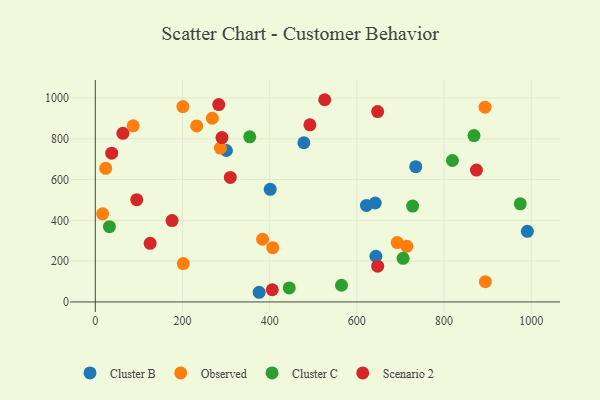
{"axis": {"x": "Investment", "y": "Fuel Efficiency"}, "legend": ["Cluster B", "Cluster C", "Observed", "Scenario 2"], "data": [{"x": "642.1", "y": 485.2, "type": "Cluster B"}, {"x": "478.5", "y": 780.5, "type": "Cluster B"}, {"x": "401.2", "y": 552.1, "type": "Cluster B"}, {"x": "300.8", "y": 742.4, "type": "Cluster B"}, {"x": "735.1", "y": 663.4, "type": "Cluster B"}, {"x": "643.7", "y": 224.1, "type": "Cluster B"}, {"x": "375.9", "y": 47.4, "type": "Cluster B"}, {"x": "622.0", "y": 473.4, "type": "Cluster B"}, {"x": "991.2", "y": 346.3, "type": "Cluster B"}, {"x": "692.6", "y": 290.9, "type": "Observed"}, {"x": "894.8", "y": 99.5, "type": "Observed"}, {"x": "86.8", "y": 863.6, "type": "Observed"}, {"x": "200.8", "y": 957.7, "type": "Observed"}, {"x": "286.9", "y": 754.2, "type": "Observed"}, {"x": "714.7", "y": 272.9, "type": "Observed"}, {"x": "16.8", "y": 431.8, "type": "Observed"}, {"x": "232.5", "y": 863.1, "type": "Observed"}, {"x": "383.7", "y": 307.4, "type": "Observed"}, {"x": "23.8", "y": 655.1, "type": "Observed"}, {"x": "268.5", "y": 900.5, "type": "Observed"}, {"x": "201.8", "y": 188.2, "type": "Observed"}, {"x": "894.1", "y": 955.1, "type": "Observed"}, {"x": "407.1", "y": 266.3, "type": "Observed"}, {"x": "706.1", "y": 213.8, "type": "Cluster C"}, {"x": "444.9", "y": 68.8, "type": "Cluster C"}, {"x": "974.9", "y": 480.9, "type": "Cluster C"}, {"x": "868.8", "y": 815.6, "type": "Cluster C"}, {"x": "32.4", "y": 369.1, "type": "Cluster C"}, {"x": "564.8", "y": 81.9, "type": "Cluster C"}, {"x": "727.9", "y": 470.2, "type": "Cluster C"}, {"x": "354.3", "y": 809.7, "type": "Cluster C"}, {"x": "819.3", "y": 693.4, "type": "Cluster C"}, {"x": "647.7", "y": 933.5, "type": "Scenario 2"}, {"x": "63.3", "y": 826.6, "type": "Scenario 2"}, {"x": "309.7", "y": 610.4, "type": "Scenario 2"}, {"x": "95.1", "y": 501.4, "type": "Scenario 2"}, {"x": "176.1", "y": 399.1, "type": "Scenario 2"}, {"x": "37.6", "y": 729.5, "type": "Scenario 2"}, {"x": "874.3", "y": 646.6, "type": "Scenario 2"}, {"x": "492.3", "y": 868.5, "type": "Scenario 2"}, {"x": "283.2", "y": 967.7, "type": "Scenario 2"}, {"x": "647.8", "y": 175.4, "type": "Scenario 2"}, {"x": "125.8", "y": 287.3, "type": "Scenario 2"}, {"x": "406.0", "y": 59.8, "type": "Scenario 2"}, {"x": "526.3", "y": 991.4, "type": "Scenario 2"}, {"x": "290.6", "y": 805.9, "type": "Scenario 2"}]}